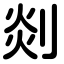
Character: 剡